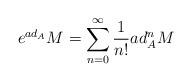
LaTeX: \begin{align*}e^{ad_{A}} M=\sum_{n=0}^{\infty} \frac{1}{n!} ad_{A}^nM\\\end{align*}